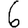
Digit: 6